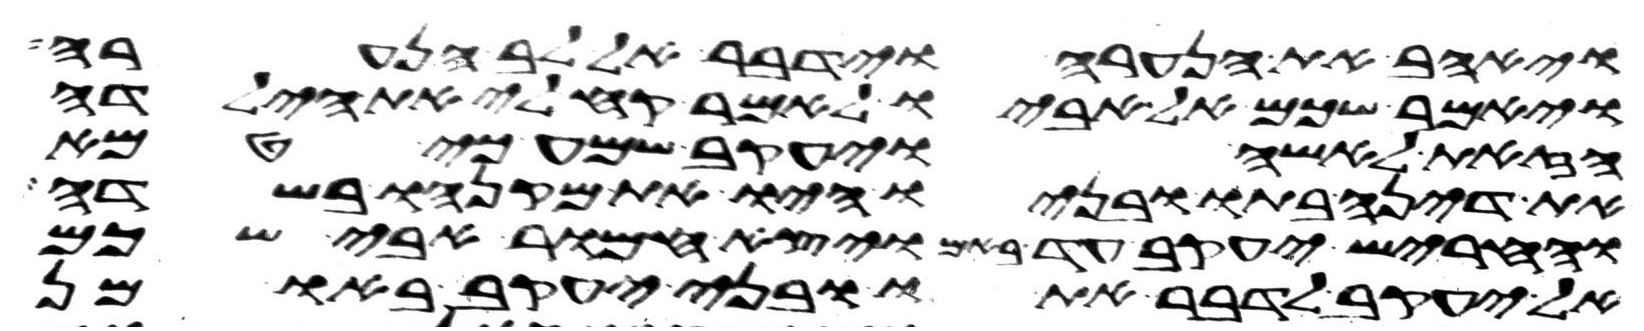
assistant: ויאהב את הנערה וידבר אל לב הנערה
ויאמר שכם אל אביו לאמר קח לי את הילדה
הזאת לאשה ויעקב שמע כי טמא
את דינה בתו ובניו היו את מקנהו בשדה
וחריש יעקב עד באם ויצא חמור אבי שכם
אל יעקב לדבר אתו ובני יעקב באו מן